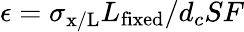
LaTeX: \epsilon=\sigma_{\mathrm{x/L}}L_{\mathrm{fixed}}/d_{c}SF